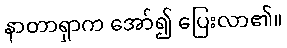
နာတာရှာက အော်၍ ပြေးလာ၏။